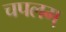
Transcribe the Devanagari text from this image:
चपलम्